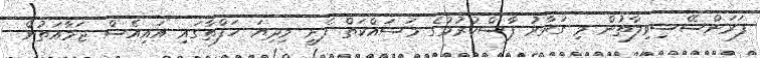
ފަރަންސޭސިވިލާތުން މި ގަރާރު ފާސްކުރުމުގެ މަސައްކަތް ފެށީ މިދިޔަ ހަފްތާގައި އައިއެސް ޖަމާއަތުން